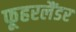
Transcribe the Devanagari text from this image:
फूहरलैंडर